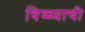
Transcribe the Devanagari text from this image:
बिब्ब्याची